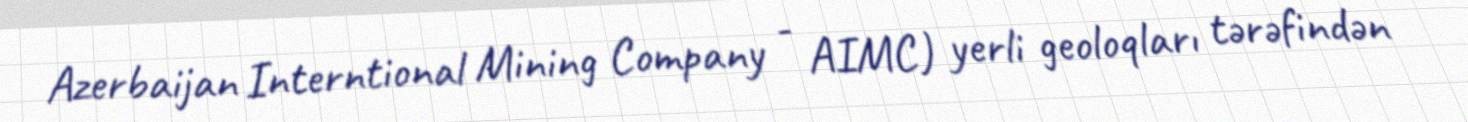
Azerbaijan Interntional Mining Company - AIMC) yerli geoloqları tərəfindən